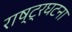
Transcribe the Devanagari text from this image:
राष्ट्रघटना